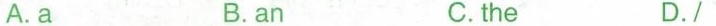
A.a B.an C.the D./